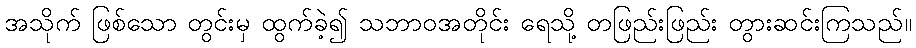
အသိုက် ဖြစ်သော တွင်းမှ ထွက်ခဲ့၍ သဘာဝအတိုင်း ရေသို့ တဖြည်းဖြည်း တွားဆင်းကြသည်။